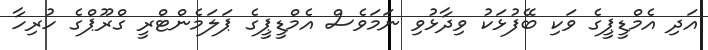
އަދި އެމްޑީޕީގެ ވަކި ބޭފުޅަކު ވިދާޅުވި ނަމަވެސް އެމްޑީޕީގެ ޕަލަމެންޓްރީ ގްރޫޕްގެ ހުރިހާ